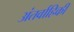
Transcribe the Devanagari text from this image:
अंतर्वाहिकी